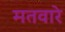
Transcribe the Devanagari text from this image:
मतवारे